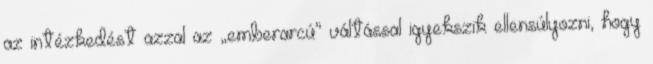
az intézkedést azzal az „emberarcú” váltással igyekszik ellensúlyozni, hogy